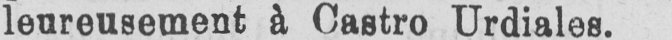
leureusement à Castro Urdiales.